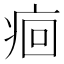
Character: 痐